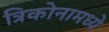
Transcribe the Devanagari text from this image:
त्रिकोनामध्ये